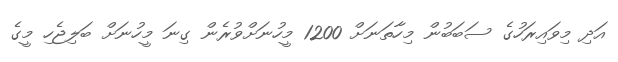
އަދި މިވައިރަހުގެ ސަބަބުން މިހާތަނަށް 1200 މީހުނަށްވުރެން ގިނަ މީހުނަށް ބަލިޖެހި މީގެ